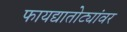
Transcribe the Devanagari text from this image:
फायद्यातोट्यांवर